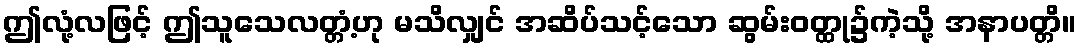
ဤလုံ့လဖြင့် ဤသူသေလတ္တံ့ဟု မသိလျှင် အဆိပ်သင့်သော ဆွမ်းဝတ္ထု၌ကဲ့သို့ အနာပတ္တိ။